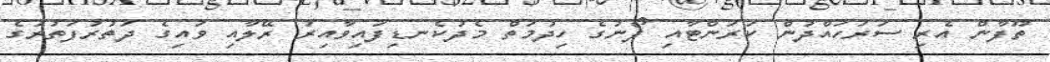
ތޫފާން އެރި ސަރަހައްދުން ކަރަންޓާއި ފޯނުގެ ހިދުމަތް މެދުކެނޑިފައިވާއިރު ރޭލާއި ވައިގެ ދަތުރުފަތުރުގެ